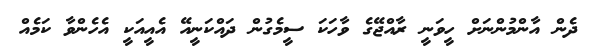
ދެން އާންމުންނަށް ހީވަނީ ރާއްޖޭގެ ވާހަކަ ސީމެގުން ދައްކަނީއޭ އެއީއަކީ އެހެންވާ ކަމެއް